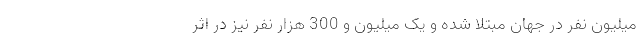
میلیون نفر در جهان مبتلا شده و یک میلیون و 300 هزار نفر نیز در اثر